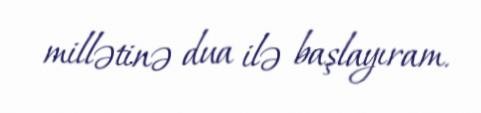
millətinə dua ilə başlayıram.